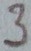
Text: 3